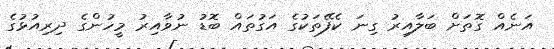
އަނެއް ގޮތަށް ބަލާއިރު ގިނަ ކެފޭތަކުގެ އަގުތައް ބޮޑު ނުވާއިރު މީހުންގެ ދިރިއުޅުގެ